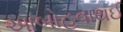
આબોહવાથઈ